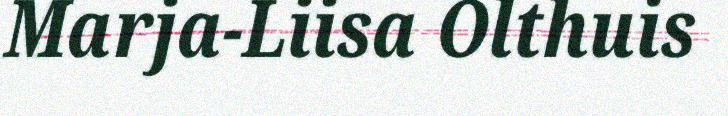
Marja-Liisa Olthuis